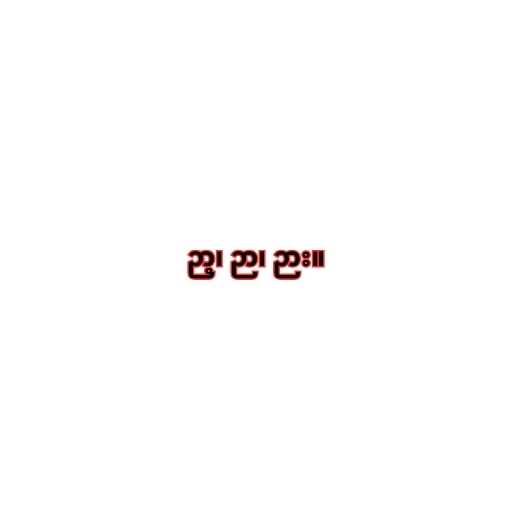
ဉာ့၊ ဉာ၊ ဉား။